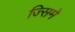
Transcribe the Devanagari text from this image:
ज्सिमे